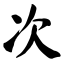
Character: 次